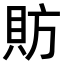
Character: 𫎒